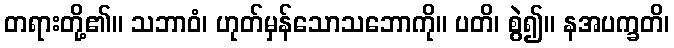
တရားတို့၏။ သဘာဝံ၊ ဟုတ်မှန်သောသဘောကို။ ပတိ၊ စွဲ၍။ နအပက္ခတိ၊